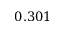
0 . 3 0 1